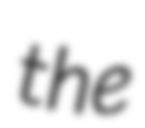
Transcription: the